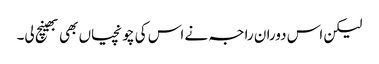
لیکن اس دوران راجہ نے اس کی چونچیاں بھی بھینچ لی۔